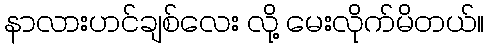
နာလားဟင်ချစ်လေး လို့ မေးလိုက်မိတယ်။